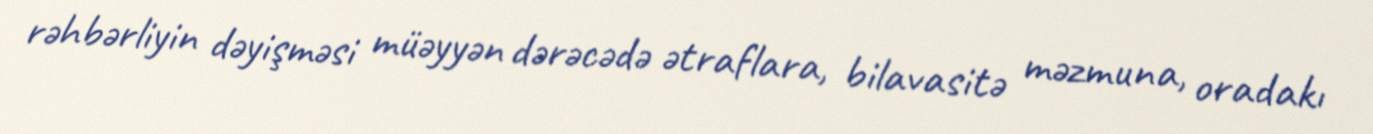
rəhbərliyin dəyişməsi müəyyən dərəcədə ətraflara, bilavasitə məzmuna, oradakı